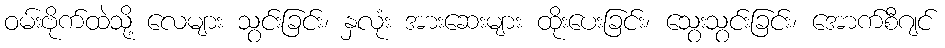
ဝမ်းဗိုက်ထဲသို့ လေများ သွင်းခြင်း၊ နှလုံး အားဆေးများ ထိုးပေးခြင်း၊ သွေးသွင်းခြင်း၊ အောက်စီဂျင်